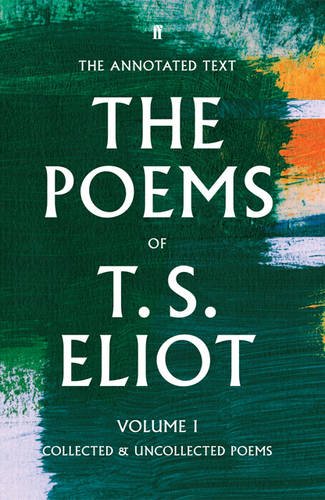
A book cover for The Poems of T. S. Eliot: Collected and Uncollected Poems (Volume 1); T. S. Eliot; Literature & Fiction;